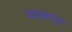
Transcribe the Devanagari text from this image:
मकबराह